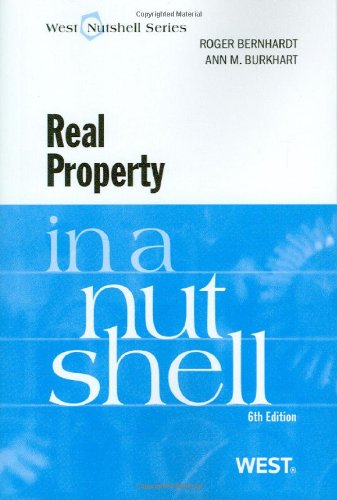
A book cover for Real Property in a Nutshell; Roger Bernhardt; Law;